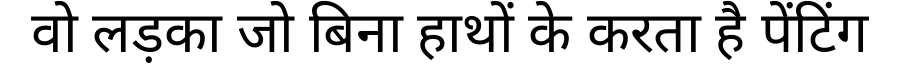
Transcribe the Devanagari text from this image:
वो लड़का जो बिना हाथों के करता है पेंटिंग